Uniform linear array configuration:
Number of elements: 32
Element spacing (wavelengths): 0.75
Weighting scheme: blackman
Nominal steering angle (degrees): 0
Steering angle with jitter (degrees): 0.3322
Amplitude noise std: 0.05
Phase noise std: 0.05

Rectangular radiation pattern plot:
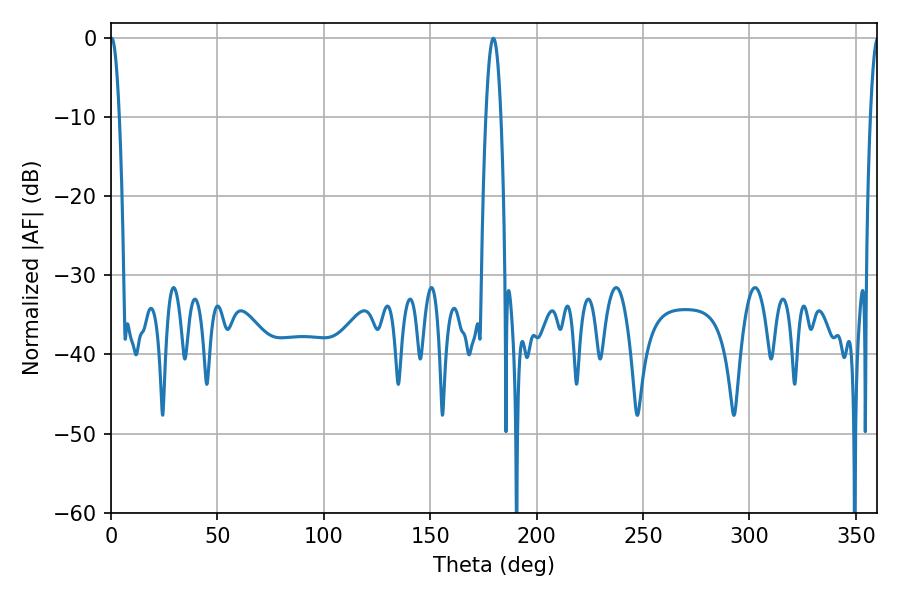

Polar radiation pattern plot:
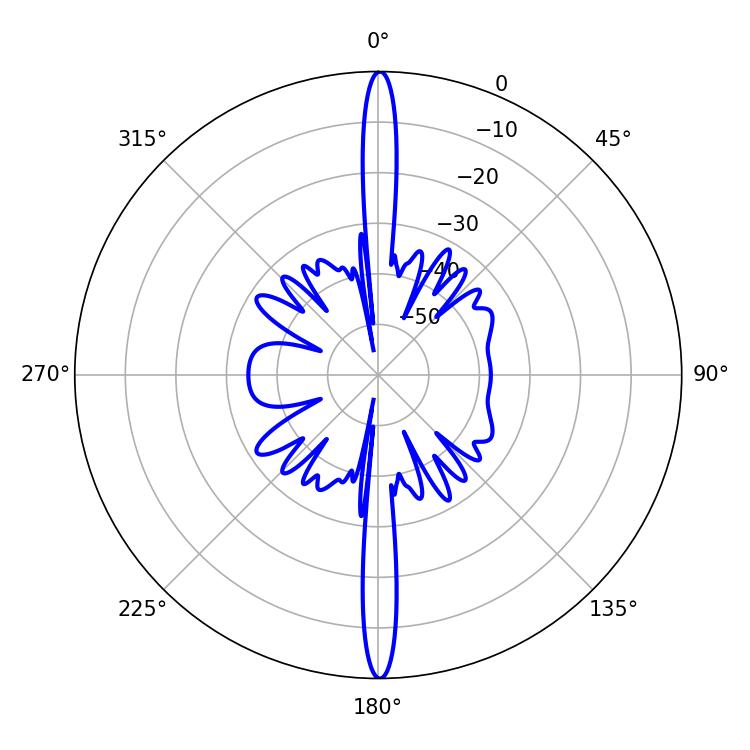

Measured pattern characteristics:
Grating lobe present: TRUE
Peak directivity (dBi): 33.897
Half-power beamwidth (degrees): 3.96
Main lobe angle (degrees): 179.64